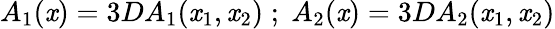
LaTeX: A_{1}(\mathit{x})=3DA_{1}(\mathit{x}_{1},\mathit{x}_{2})\; ;\; A_{2}(\mathit{x})=3DA_{2}(\mathit{x}_{1},\mathit{x}_{2})